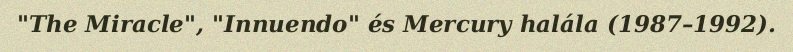
"The Miracle", "Innuendo" és Mercury halála (1987–1992).